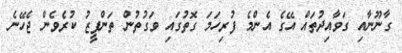
ގާނޫނާއި ގަވާއިދުތައް އޭގެ އެންމެ ފުރިހަމަ ގޮތުގައި ވަގުތުން ތަންފީޒު ކުރެވެން ޖެހޭނެ